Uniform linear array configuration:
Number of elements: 24
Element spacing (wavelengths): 0.5
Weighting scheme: exponential
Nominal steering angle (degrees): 60
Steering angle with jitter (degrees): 61.344
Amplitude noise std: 0.05
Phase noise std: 0.05

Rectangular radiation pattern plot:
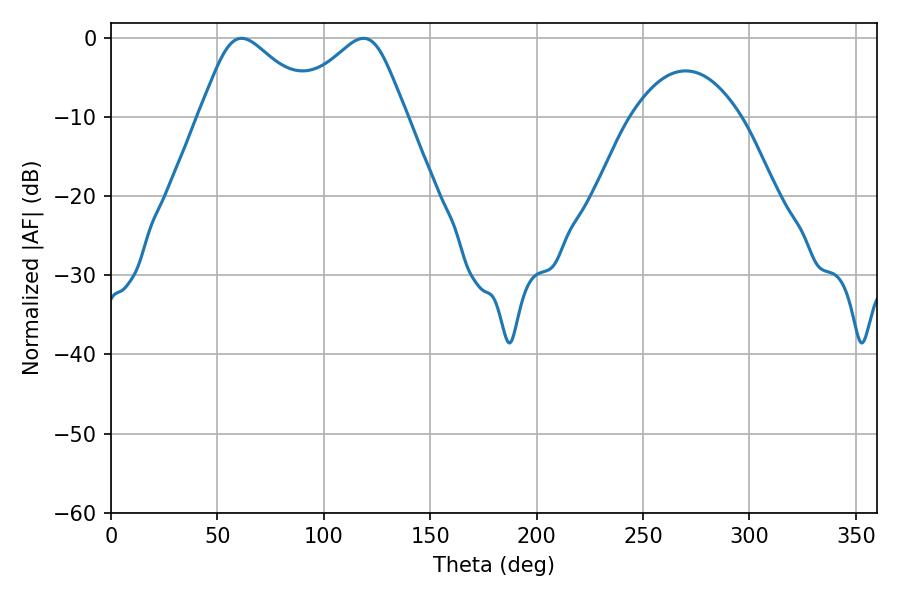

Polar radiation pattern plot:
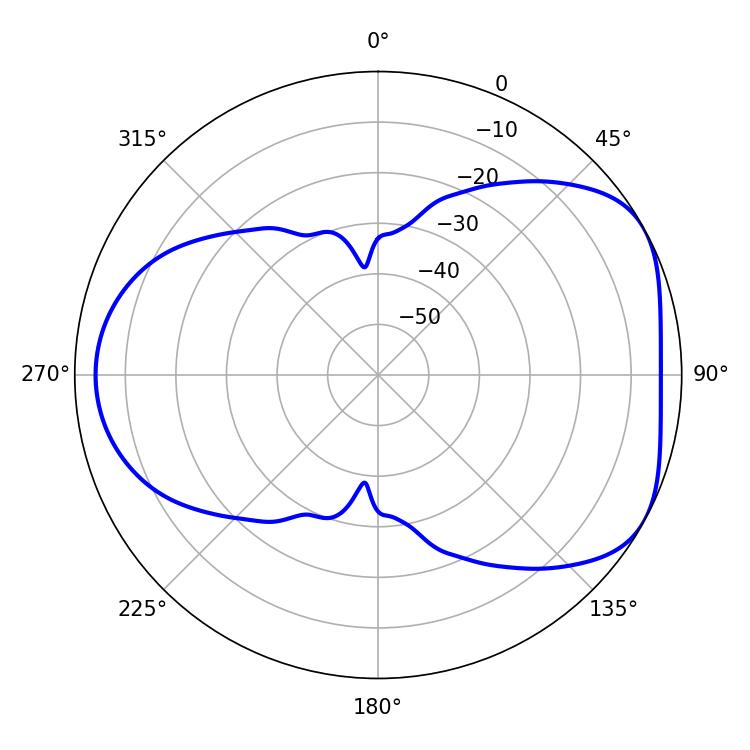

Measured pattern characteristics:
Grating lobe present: FALSE
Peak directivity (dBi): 4.816
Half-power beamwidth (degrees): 27.36
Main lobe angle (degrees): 61.38